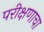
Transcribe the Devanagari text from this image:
परीक्षणाचा